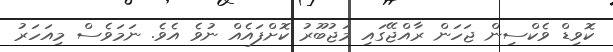
ކޮވިޑް ވެކްސިން ޖަހަން ރާއްޖޭގައި މަޖުބޫރު ކޮށްފައެއް ނުވެ އެވެ. ނަމަވެސް މިއަހަރު